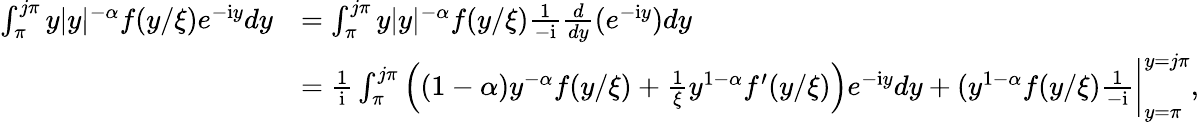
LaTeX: \begin{array}{rl}{\int_{\pi}^{j\pi}y|y|^{-\alpha}f(y/\xi)e^{-\mathrm{i}y}dy}&{=\int_{\pi}^{j\pi}y|y|^{-\alpha}f(y/\xi)\frac{1}{-\mathrm{i}}\frac{d}{dy}(e^{-\mathrm{i}y})dy}\\ &{=\frac{1}{\mathrm{i}}\int_{\pi}^{j\pi}\left((1-\alpha)y^{-\alpha}f(y/\xi)+\frac{1}{\xi}y^{1-\alpha}f^{\prime}(y/\xi)\right)e^{-\mathrm{i}y}dy+(y^{1-\alpha}f(y/\xi)\frac{1}{-\mathrm{i}}\bigg|_{y=\pi}^{y=j\pi},}\end{array}